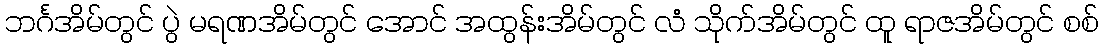
ဘင်္ဂအိမ်တွင် ပွဲ မရဏအိမ်တွင် အောင် အထွန်းအိမ်တွင် လံ သိုက်အိမ်တွင် ထူ ရာဇအိမ်တွင် စစ်